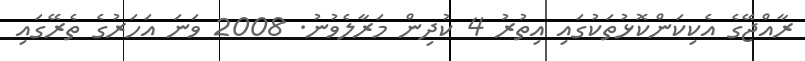
ރާއްޖޭގެ އެކިކަންކޮޅުތަކުގައި އިތުރު 4 ކުދިން މަރާލެވުނު. 2008 ވަނަ އަހަރުގެ ތެރޭގައި